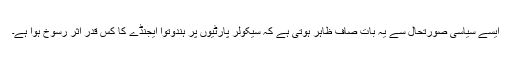
ایسے سیاسی صورتحال سے یہ بات صاف ظاہر ہوتی ہے کہ سیکولر پارٹیوں پر ہندوتوا ایجنڈے کا کس قدر اثر رسوخ ہوا ہے۔